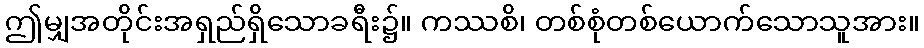
ဤမျှအတိုင်းအရှည်ရှိသောခရီး၌။ ကဿစိ၊ တစ်စုံတစ်ယောက်သောသူအား။